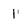
Character: 1